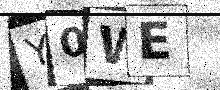
Text: Y0WE